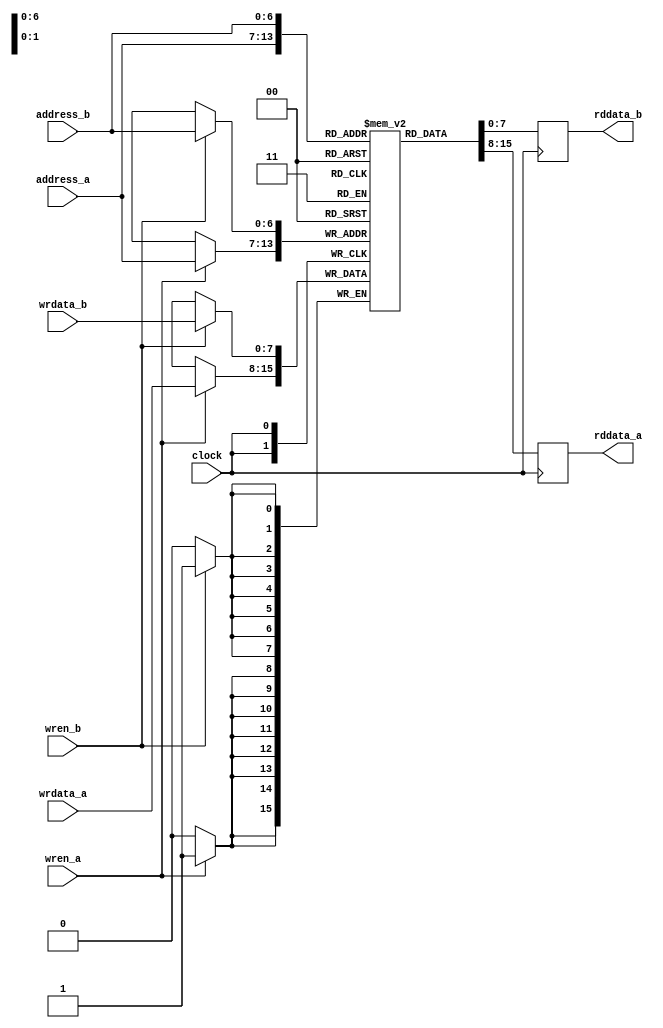
module dpram_simple(clock,
	            address_a, wrdata_a, wren_a, rddata_a,
                    address_b, wrdata_b, wren_b, rddata_b);

   parameter DATA_WIDTH =  8;
   parameter ADDR_WIDTH =  7;
   parameter INIT_FILE  = "somefile"; // No .mif!
   parameter DEBUG      = 0;

   input                         clock;

   input      [ADDR_WIDTH-1:0]   address_a;
   input      [DATA_WIDTH-1:0]   wrdata_a;
   input                         wren_a;
   output reg [DATA_WIDTH-1:0]   rddata_a;

   input      [ADDR_WIDTH-1:0]   address_b;
   input      [DATA_WIDTH-1:0]   wrdata_b;
   input                         wren_b;
   output reg [DATA_WIDTH-1:0]   rddata_b;

   // Declare the RAM variable
   reg [DATA_WIDTH-1:0] ram[(1 << ADDR_WIDTH)-1:0];

   always @(posedge clock) begin
      if (wren_a)
         ram[address_a] <= wrdata_a;

      /*
       * Read (if read_addr == write_addr, return OLD data).  To return
       * NEW data, use = (blocking write) rather than <= (non-blocking write)
       * in the write assignment.  NOTE: NEW data may require extra bypass
       * logic around the RAM.
       */

      rddata_a <= ram[address_a];
   end

   always @(posedge clock) begin
      if (wren_b)
         ram[address_b] <= wrdata_b;

      /*
       * Read (if read_addr == write_addr, return OLD data).  To return
       * NEW data, use = (blocking write) rather than <= (non-blocking write)
       * in the write assignment.  NOTE: NEW data may require extra bypass
       * logic around the RAM.
       */

      rddata_b <= ram[address_b];
   end
endmodule